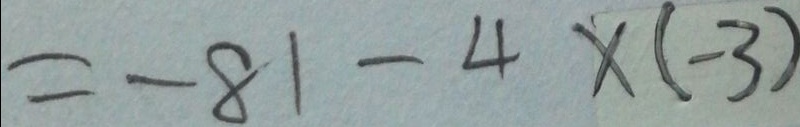
= - 8 1 - 4 \times ( - 3 )